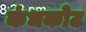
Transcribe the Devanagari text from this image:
कंधकोट